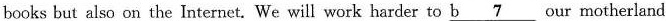
books but also on the Internet. We will work harder to b \underline{7} our motherland